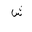
Letter: _shin